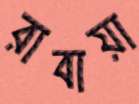
রাবায়া